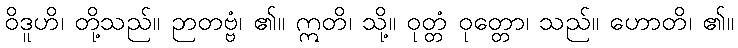
ဝိဒူဟိ၊ တို့သည်။ ဉာတဗ္ဗံ၊ ၏။ ဣတိ၊ သို့။ ဝုတ္တံ ဝုတ္တော၊ သည်။ ဟောတိ၊ ၏။